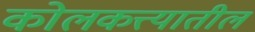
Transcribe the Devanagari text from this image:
कोलकत्त्यातील